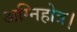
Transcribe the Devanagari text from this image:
अग्निहोत्र।